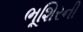
ભૂશિરની